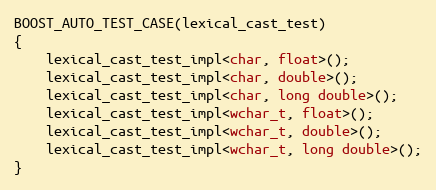
Language: C++
BOOST_AUTO_TEST_CASE(lexical_cast_test)
{
    lexical_cast_test_impl<char, float>();
    lexical_cast_test_impl<char, double>();
    lexical_cast_test_impl<char, long double>();
    lexical_cast_test_impl<wchar_t, float>();
    lexical_cast_test_impl<wchar_t, double>();
    lexical_cast_test_impl<wchar_t, long double>();
}